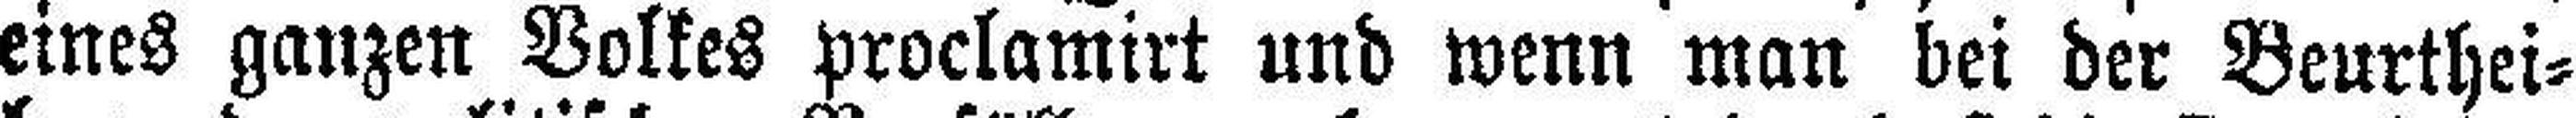
eines ganzen Volkes proclamirt und wenn man bei der Beurthei¬